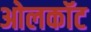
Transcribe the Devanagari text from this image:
ओलकॉट